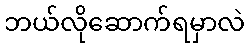
ဘယ်လိုဆောက်ရမှာလဲ